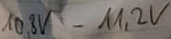
Text: 10,8V-11,2V